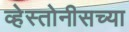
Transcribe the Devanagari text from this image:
व्हेस्तोनीसच्या